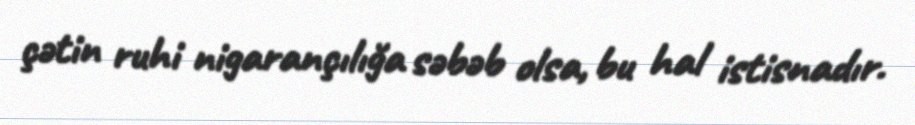
çətin ruhi nigarançılığa səbəb olsa, bu hal istisnadır.